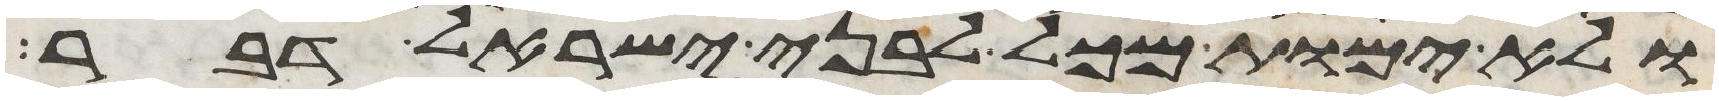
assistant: ולא ימות מכל לבני ישראל דבר